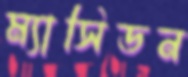
ম্যাসিডন